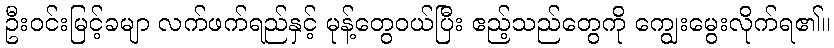
ဦးဝင်းမြင့်ခမျာ လက်ဖက်ရည်နှင့် မုန့်တွေဝယ်ပြီး ဧည့်သည်တွေကို ကျွေးမွေးလိုက်ရ၏။